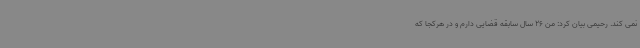
نمی کند. رحیمی بیان کرد: من 26 سال سابقه قضایی دارم و در هرکجا که